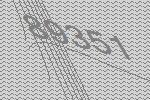
89351